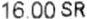
16.00 SR